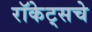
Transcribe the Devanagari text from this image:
रॉकेट्‌सचे